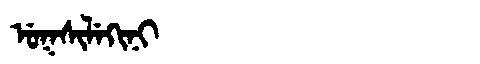
Manchu: ᡠᡴᠰᡳᠯᡝᡴᡳᠨᡳ
Romanization: UKSILEKINI